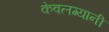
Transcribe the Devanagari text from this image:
केवलग्यानी